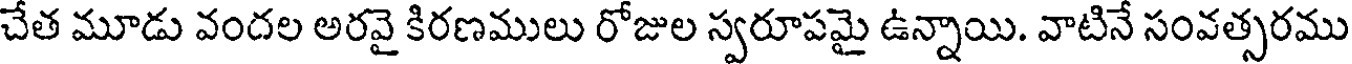
చేత మూడు వందల అరవై కిరణములు రోజుల స్వరూపమై ఉన్నాయి. వాటినే సంవత్సరము